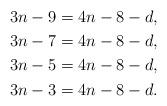
LaTeX: \begin{align*} 3n-9&=4n-8-d,\\ 3n-7&=4n-8-d,\\ 3n-5&=4n-8-d,\\ 3n-3&=4n-8-d.\end{align*}